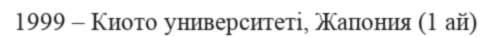
1999 – Киото университеті, Жапония (1 ай)